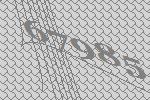
67985